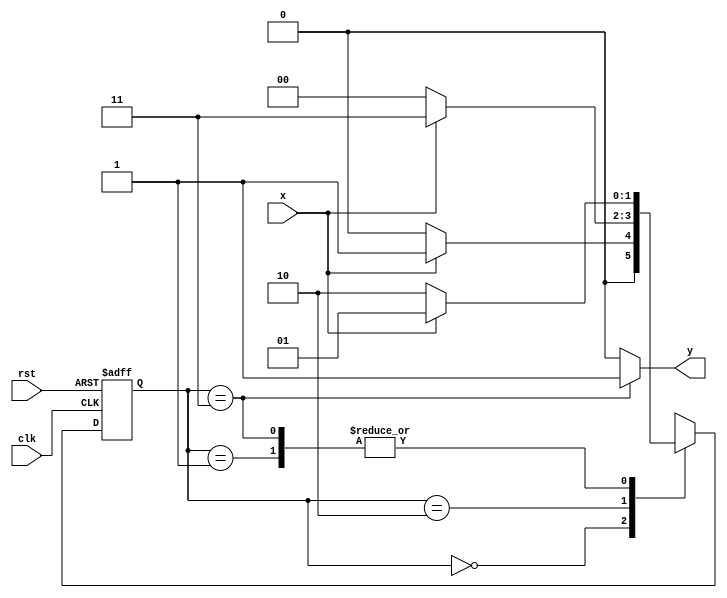
module moore101(
input clk,rst,x,
output  y);

parameter s0=2'b00,s1=2'b01,s2=2'b10,s3=2'b11;
reg [1:0] cs,ns;

always @(posedge clk or negedge rst)
begin
if (rst==1'b0)  cs<=s0;
else            cs<=ns;
end

always @(x or cs)
begin
case(cs)
s0:begin
   if(x==1)  ns<=s1;
   else      ns<=s0;
   end
s1:begin
   if(x==0)  ns<=s2;
   else      ns<=s1;
   end
s2:begin
   if(x==1)  ns<=s3;
   else      ns<=s0;
   end
s3:begin
   if(x==0)  ns<=s2;
   else      ns<=s1;
   end
endcase
end

assign y=(cs==s3)?1:0;

endmodule